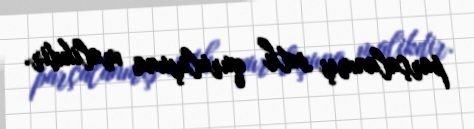
parçalanmış səth quruluşuna malikdir.